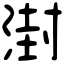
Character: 湗